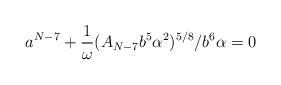
LaTeX: \begin{align*}a^{N-7}+\frac{1}{\omega} (A_{N-7}b^5 \alpha^2)^{5/8}/b^6\alpha=0\end{align*}